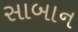
સાબાન